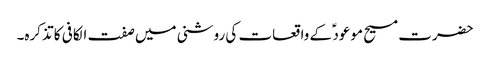
حضرت مسیح موعود ؑ کے واقعات کی روشنی میں صفت الکافی کا تذکرہ۔